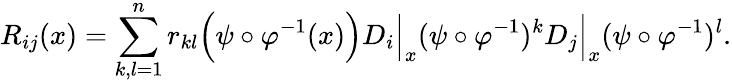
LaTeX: R_{ij}(x)=\sum_{k,l=1}^{n}r_{kl}{\Big(}\psi\circ\varphi^{-1}(x){\Big)}D_{i}{\Big|}_{x}(\psi\circ\varphi^{-1})^{k}D_{j}{\Big|}_{x}(\psi\circ\varphi^{-1})^{l}.